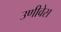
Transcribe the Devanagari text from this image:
उणीवेस